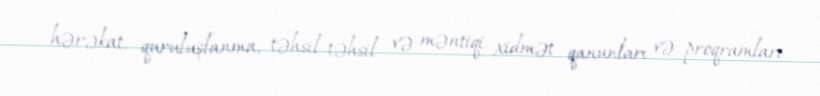
hərəkat, quruluşlanma, təhsil-təhsil və məntiqi xidmət qanunları və proqramları